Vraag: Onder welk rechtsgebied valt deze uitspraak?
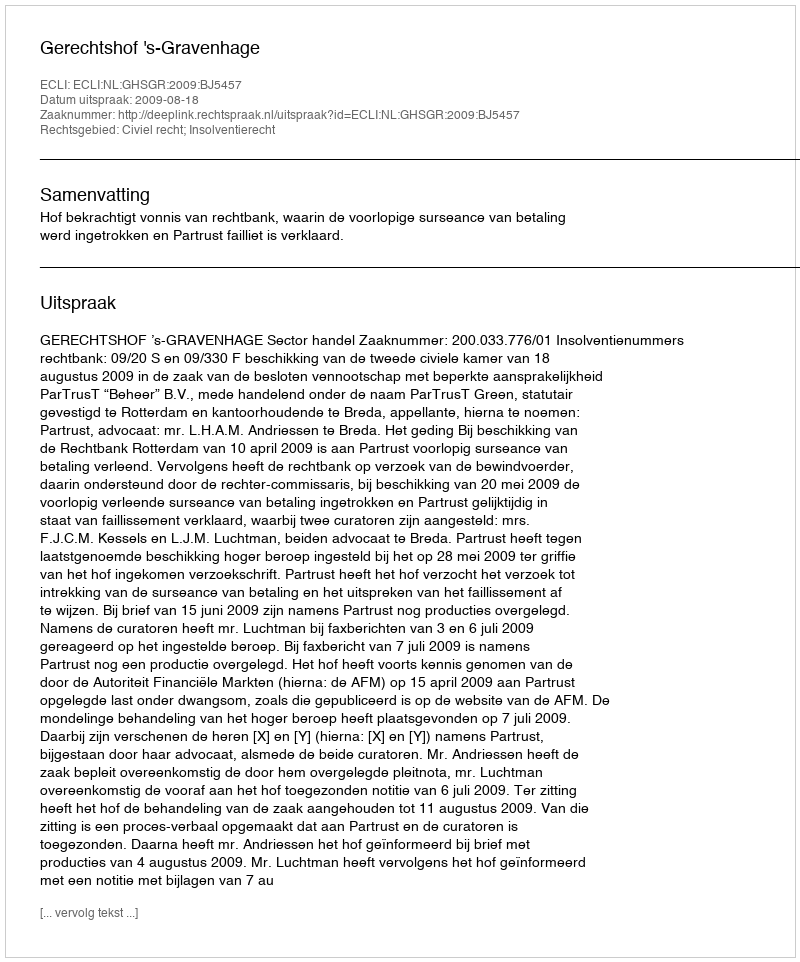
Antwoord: Civiel recht; Insolventierecht